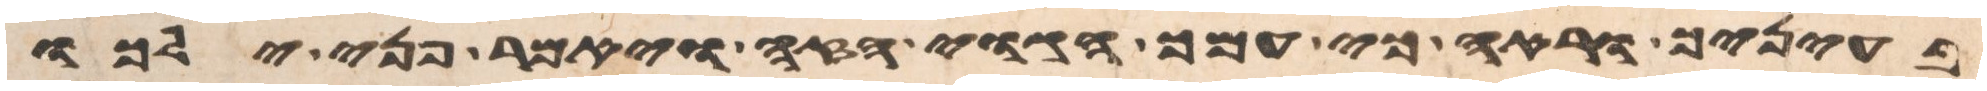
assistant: בעיניך וראה כי עמך הגוי הזה ויאמר פני ילכו